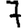
Digit: 7